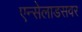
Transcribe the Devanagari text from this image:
एन्सेलाडसवर